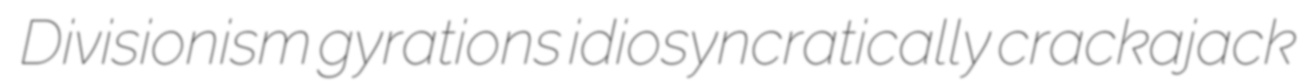
Divisionism gyrations idiosyncratically crackajack